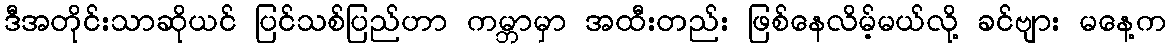
ဒီအတိုင်းသာဆိုယင် ပြင်သစ်ပြည်ဟာ ကမ္ဘာမှာ အထီးတည်း ဖြစ်နေလိမ့်မယ်လို့ ခင်ဗျား မနေ့က